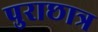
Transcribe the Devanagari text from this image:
पुराछात्र